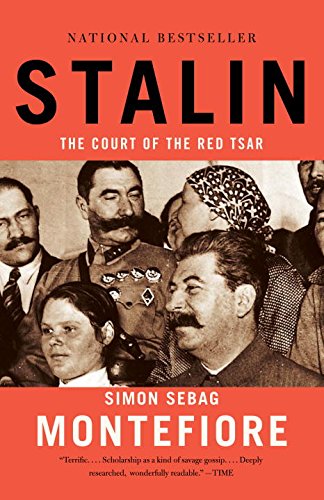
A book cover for Stalin: The Court of the Red Tsar; Simon Sebag Montefiore; History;